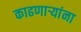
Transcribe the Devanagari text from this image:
काढणाऱ्यांना